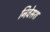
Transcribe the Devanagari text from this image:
निवेसश